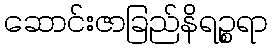
ဆောင်းဇာခြည်နိရဉ္စရာ